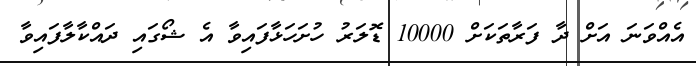
އެއްވަނަ އަށް ދާ ފަރާތަކަށް 10000 ޑޮލަރު ހުށަހަޅާފައިވާ އެ ޝޯގައި ދައްކާލާފައިވާ